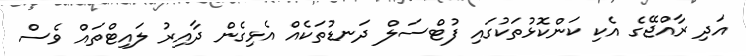
އަދި ރާއްޖޭގެ އެކި ކަންކޮޅުތަކުގައި ފުޓްސަލް ދަނޑުތަކެއް އެޅިގެން ދާއިރު ލައިޓްތައް ވެސް